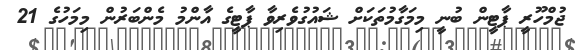
ޖުމްހޫރީ ޕާޓީން ބުނީ މިމަގާމުތަކަށް ޝައުގުވެރިވާ ޕާޓީގެ އާންމު މެންބަރުން މިމަހުގެ 21